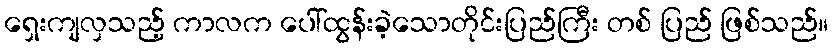
ရှေးကျလှသည့် ကာလက ပေါ်ထွန်းခဲ့သောတိုင်းပြည်ကြီး တစ် ပြည် ဖြစ်သည်။